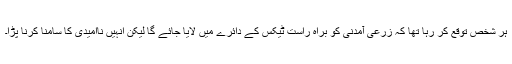
ہر شخص توقع کر رہا تھا کہ زرعی آمدنی کو براہ راست ٹیکس کے دائرے میں لایا جائے گا لیکن انہیں ناامیدی کا سامنا کرنا پڑا۔